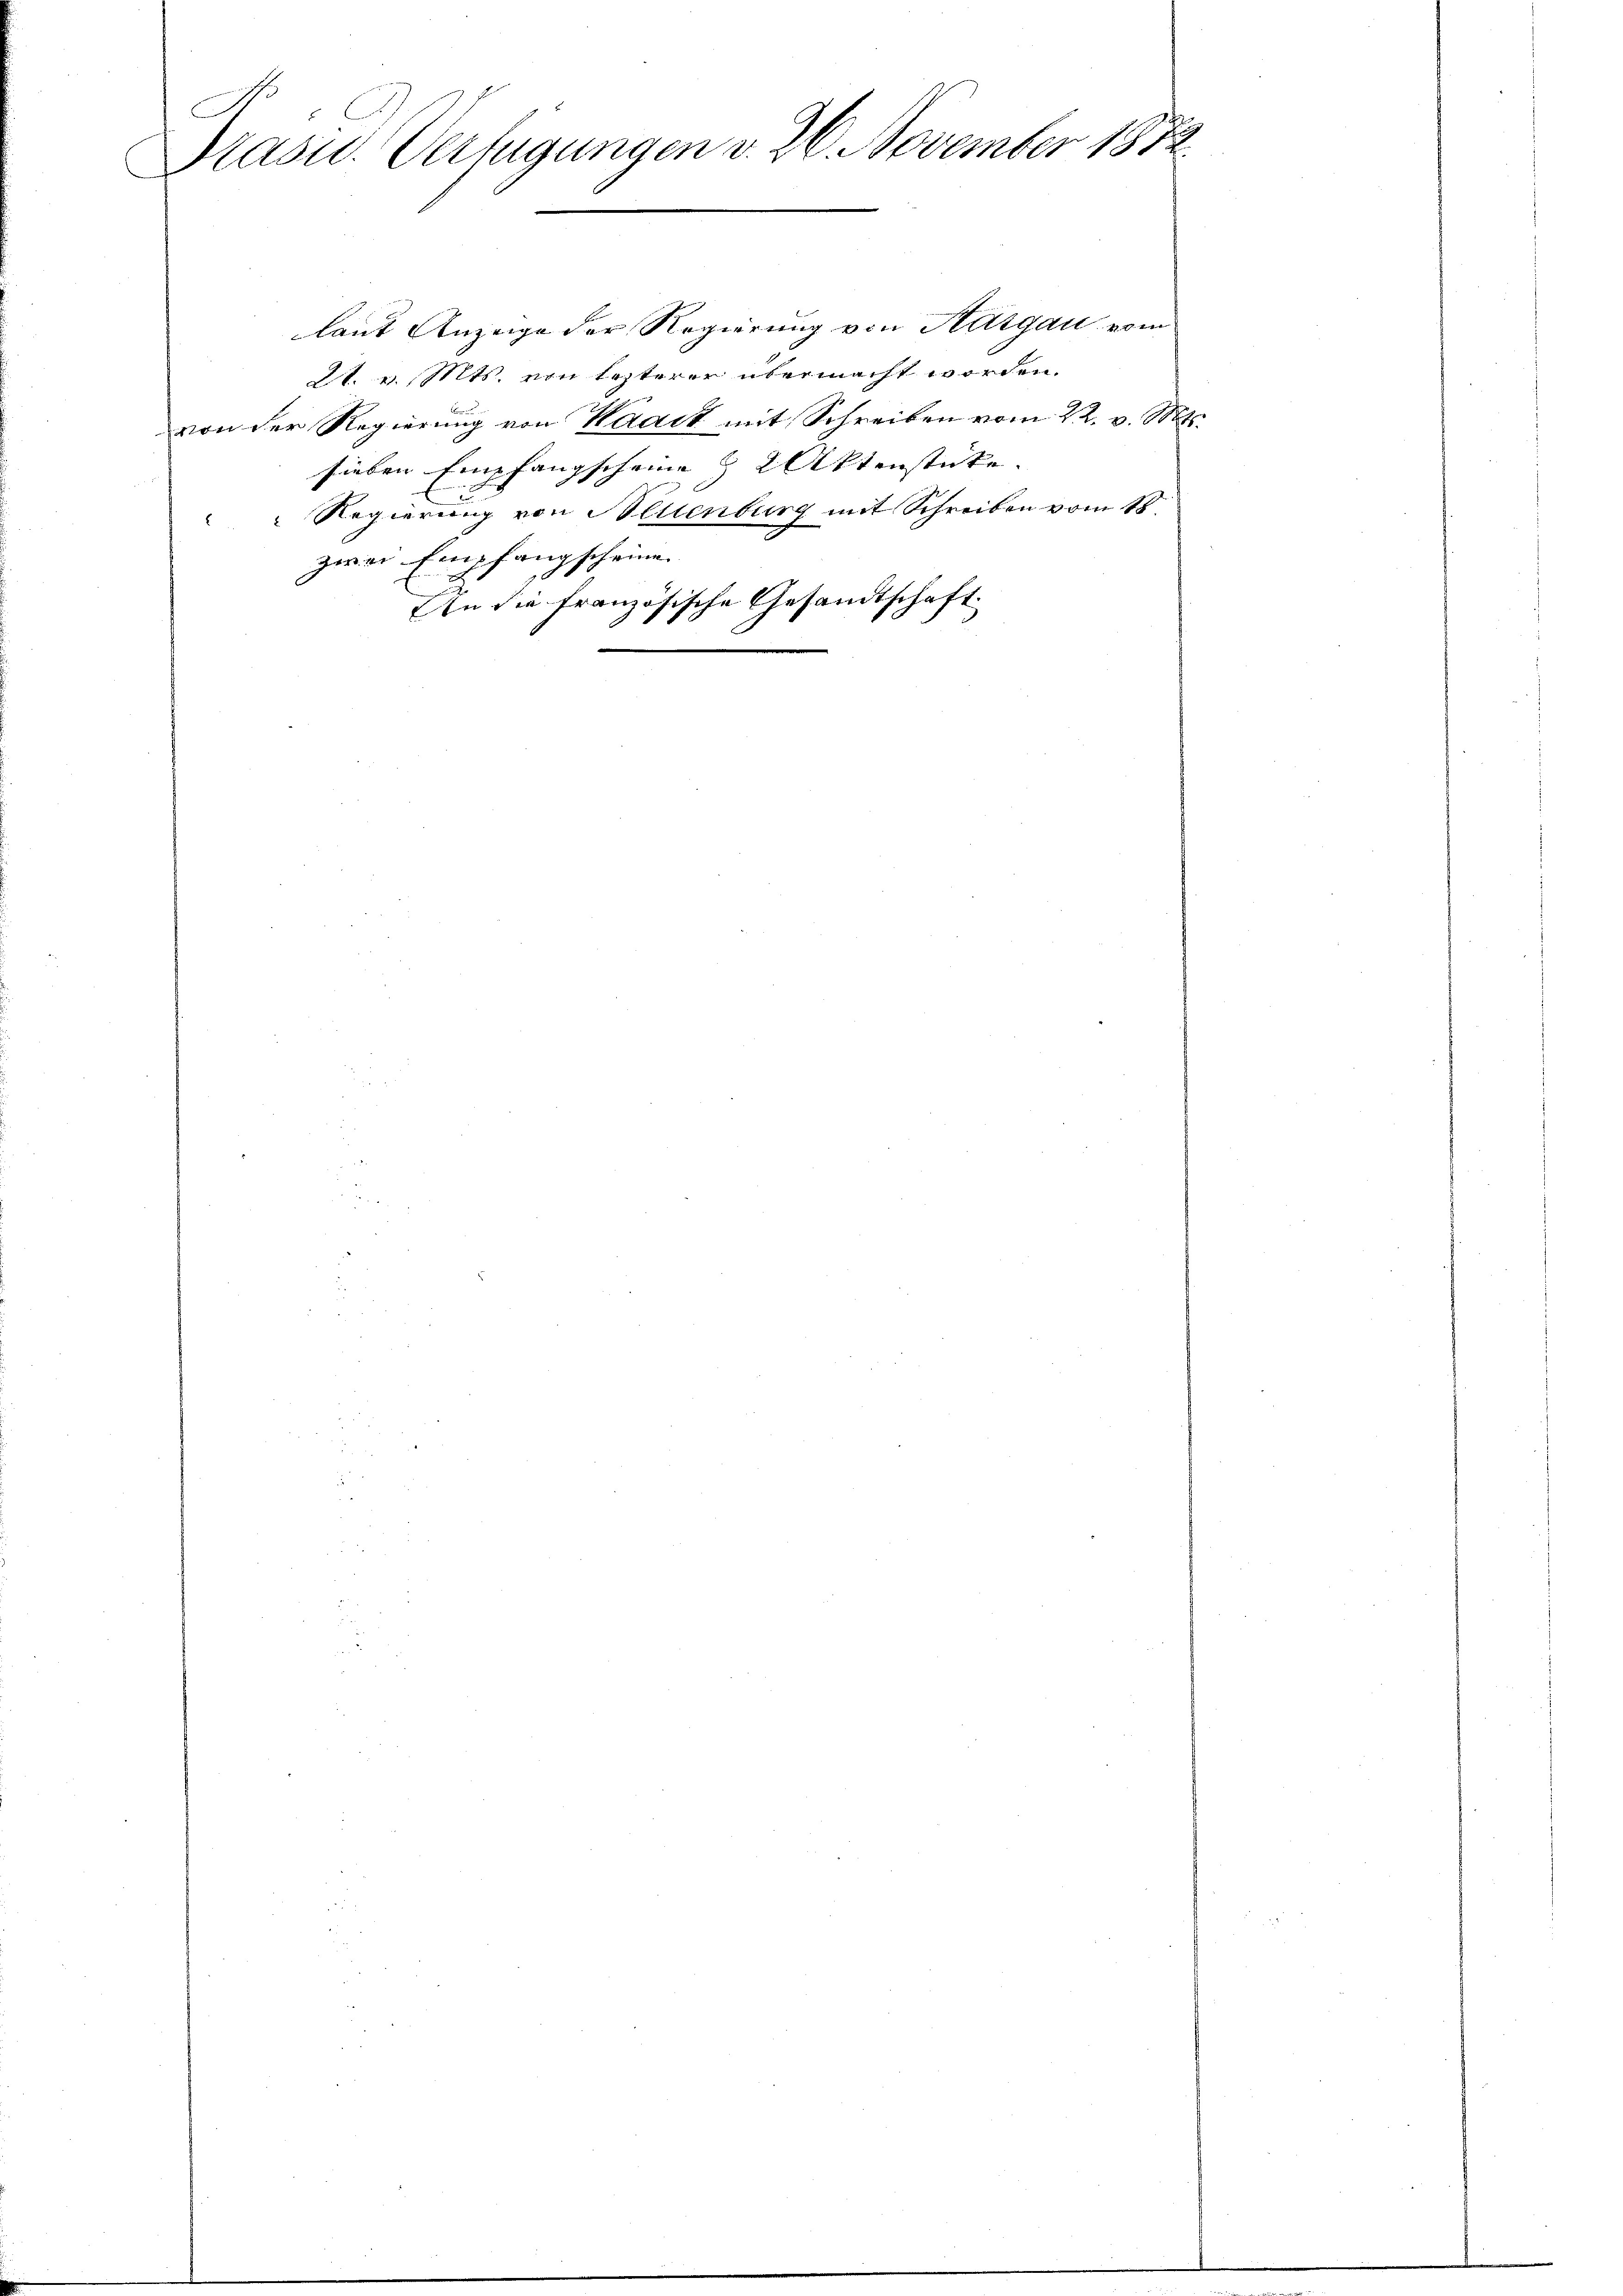
C
Brasid. Verfügungen v. 26. November 1872.

laut Anzeige der Regierung von Aargau vom
2t. v. Mts. von lezterer übermacht worden.
von der Regierung von Waadt mit Schreiben vom 22. v. Mts.
sieben Empfangscheine § 2 Aktenstücke.
Regierung von Altenburg mit Schreiben vom 18.
zwei Empfangscheine
An die französische Gesandtschaft